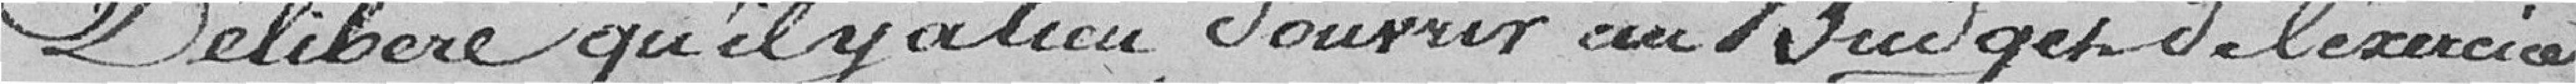
Délibère qu'il y a lieu d'ouvrir au Budget de l'exercice